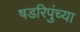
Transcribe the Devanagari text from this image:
षडरिपुंच्या